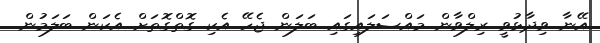
އޭނާ ވިދާޅުވީ ރިލްވާން މައްސަލައިގައި ބަލަން ޖެހޭ އެކި ގޮތްގޮތަށް އެކަން ބަލަމުން